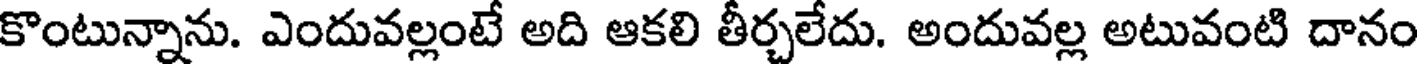
కొంటున్నాను. ఎందువల్లంటే అది ఆకలి తీర్చలేదు. అందువల్ల అటువంటి దానం